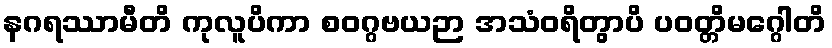
နဂရဿာမီတိ ကုလူပိကာ စဝဂ္ဂဗယဉာ အသံဝရိတွာပိ ပဝတ္တိမဂ္ဂေါတိ